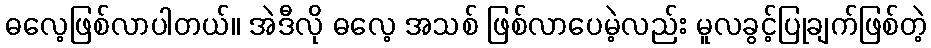
ဓလေ့ဖြစ်လာပါတယ်။ အဲဒီလို ဓလေ့ အသစ် ဖြစ်လာပေမဲ့လည်း မူလခွင့်ပြုချက်ဖြစ်တဲ့